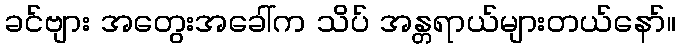
ခင်ဗျား အတွေးအခေါ်က သိပ် အန္တရာယ်များတယ်နော်။